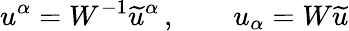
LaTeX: u^{\alpha}=W^{-1}\widetilde{u}^{\alpha}\, ,\qquad u_{\alpha}=W\widetilde{u}